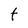
Character: t